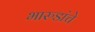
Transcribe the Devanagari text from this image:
भारुडांचे